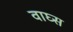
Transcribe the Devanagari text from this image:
वाघ्स